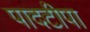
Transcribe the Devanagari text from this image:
पादटीपा